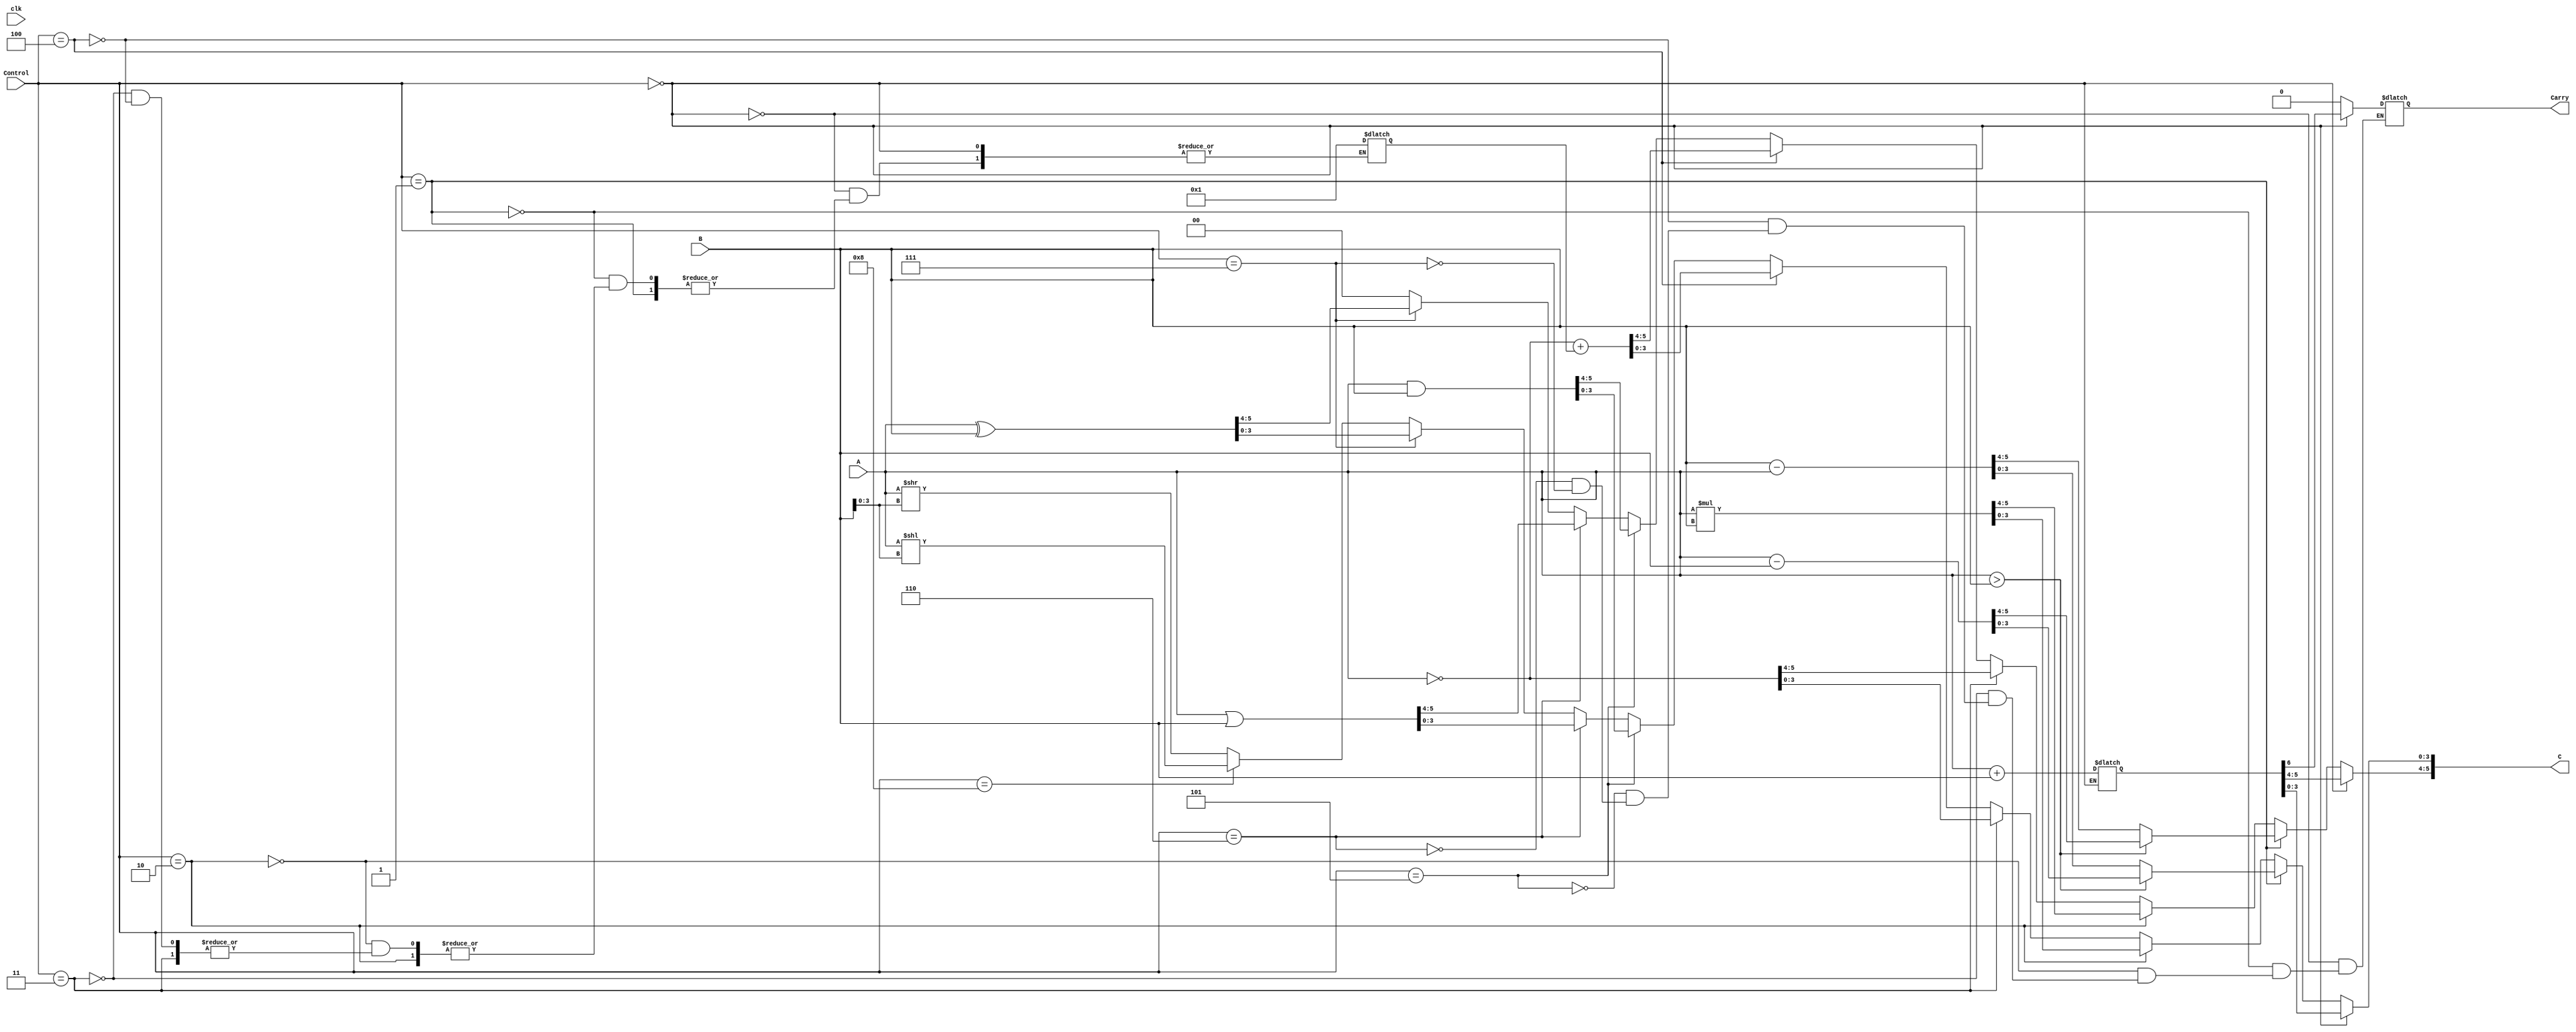
 /******************************************************************* 
* Name:
*	Calculadora1.v
* Description:
* 	1 bit Register (The one we studied in class)
* Inputs:
*  A
*  B
*  Control
*  clk
* Outputs:
* 	Carry
*  C
* Versin:  
*	1.0
* Author: 
*	Jorge Antonio Araiza Martinez
* Fecha: 
*	06/09/2018
*********************************************************************/
module ALU
#(
	parameter Word_Length = 6
)
(
	//Inputs//
	input [Word_Length - 1 : 0] A,
	input [Word_Length - 1 : 0] B,
	input [3 : 0] Control,
	input clk,
	//Outputs//
	output Carry,
	output [Word_Length - 1 : 0] C

);

reg [Word_Length : 0]     CarryComparator;
reg [Word_Length : 0] 	  OverFlowDetector;
reg [Word_Length : 0] 	  CompaDos;

always @(A,B)
begin
	//Suma//
	if (Control == 4'b0000) 
	begin
			OverFlowDetector[Word_Length : 0] <= A + B;
			CarryComparator [Word_Length - 1 : 0] <= OverFlowDetector [Word_Length - 1 : 0];
			CarryComparator [Word_Length] <= OverFlowDetector [Word_Length];
			
	end
	//Resta//
	else if (Control == 4'b0001)
	begin
			if(A>B)
			CarryComparator <= A- B;
			else
			CarryComparator <= B- A;
			CarryComparator[Word_Length] <= 1'b0;
	end
	//Multiplicacin//
	else if (Control == 4'b0010)
	begin
			CarryComparator[Word_Length - 1 : 0] <=A*B;
			CarryComparator[Word_Length] <= 1'b0;
	end
	//A Negado//
	else if(Control == 4'b0011)
	begin
			CarryComparator <= ~A;
			CarryComparator[Word_Length] <= 1'b0;
			
	end
	//A Complemento a 2//
	else if(Control == 4'b0100)
	begin
			CompaDos <= 6'b000001;
			CarryComparator[Word_Length - 1 : 0] <= ~A+CompaDos;
			CarryComparator[Word_Length] <= 1'b0;
	end
	//AND//
	else if(Control == 4'b0101)
	begin
			CarryComparator[Word_Length - 1 : 0] <=A&B;
			CarryComparator[Word_Length] <= 1'b0;
	end
	//OR//
	else if(Control == 4'b0110)
	begin
			CarryComparator[Word_Length - 1 : 0] <=A|B;
			CarryComparator[Word_Length] <= 1'b0;
	end
	//XOR//
	else if(Control == 4'b0111)
	begin
			CarryComparator[Word_Length - 1 : 0] <=A^B;
			CarryComparator[Word_Length] <= 1'b0;
	end
	//Corrimiento Izquierda//
	else if(Control == 4'b1000)
	begin
			CarryComparator[Word_Length - 2 : 0] <= A << B[3:0];
		   CarryComparator[Word_Length - 1 : 4] <= 2'b00;
	end
	//Corrimiento Derecha//
	else
	begin
			CarryComparator[Word_Length - 2 : 0] <= A >> B[3:0];
			CarryComparator[Word_Length - 1 : 4] <= 2'b00;
	end
end
assign C     = CarryComparator[Word_Length - 1 : 0];
assign Carry = CarryComparator [Word_Length];
endmodule